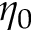
\eta _ { 0 }